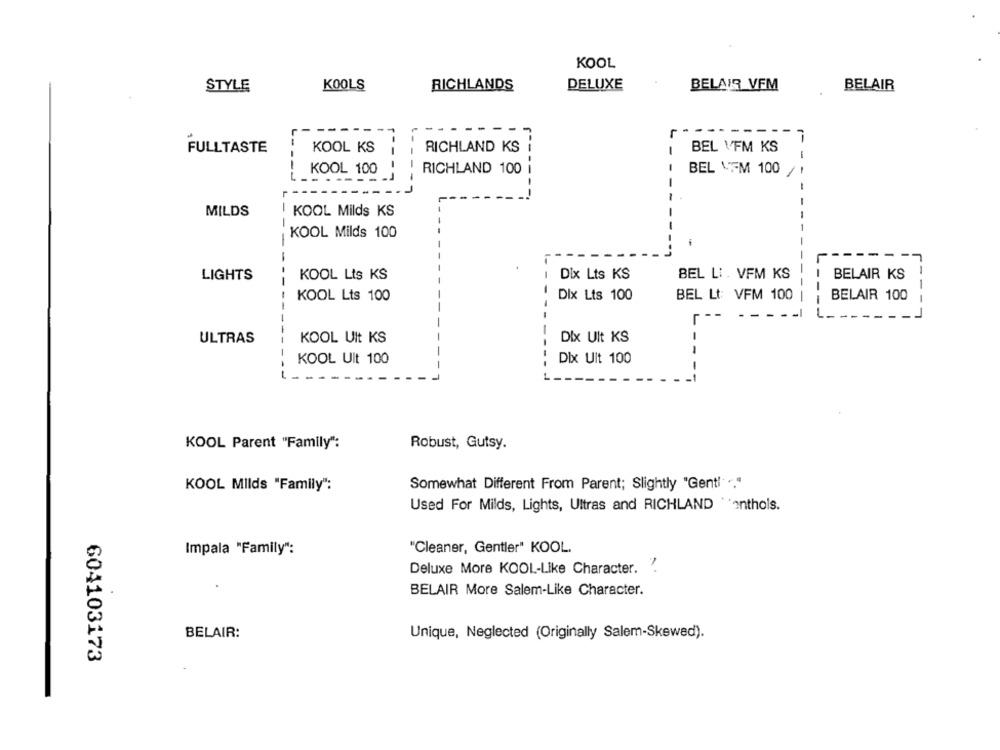
KOOL
STYLE
KOOLS
RICHLANDS
DELUXE
BELAIR VFM
BELAIR
FULLTASTE
KOOL KS
RICHLAND KS
BEL VFM KS
-
KOOL 100
RICHLAND 100 i
BEL VEM 100 /
------
-
MILDS
KOOL Milds KS
KOOL Milds 100
--
---
-
LIGHTS
KOOL Lts KS
Dix Lts KS
BEL LI . VFM KS
BELAIR KS
KOOL Lts 100
Dix Lts 100
BEL Lt: VFM 100 |
BELAIR 100
Dix Ult KS
ULTRAS
KOOL Ult KS
KOOL Ult 100
Dix Ult 100
KOOL Parent "Family":
Robust, Gutsy.
KOOL Milds "Family":
Somewhat Different From Parent; Slightly "Genti. .. "
Used For Milds, Lights, Ultras and RICHLAND *anthols.
Impala "Family":
"Cleaner, Gentler" KOOL.
Deluxe More KOOL-Like Character. ".
BELAIR More Salem-Like Character.
BELAIR:
Unique, Neglected (Originally Salem-Skewed).
604103173